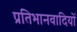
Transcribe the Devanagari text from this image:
प्रतिभानवादियों